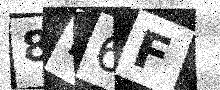
Text: 8E6F